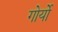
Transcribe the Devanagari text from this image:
गोर्यो